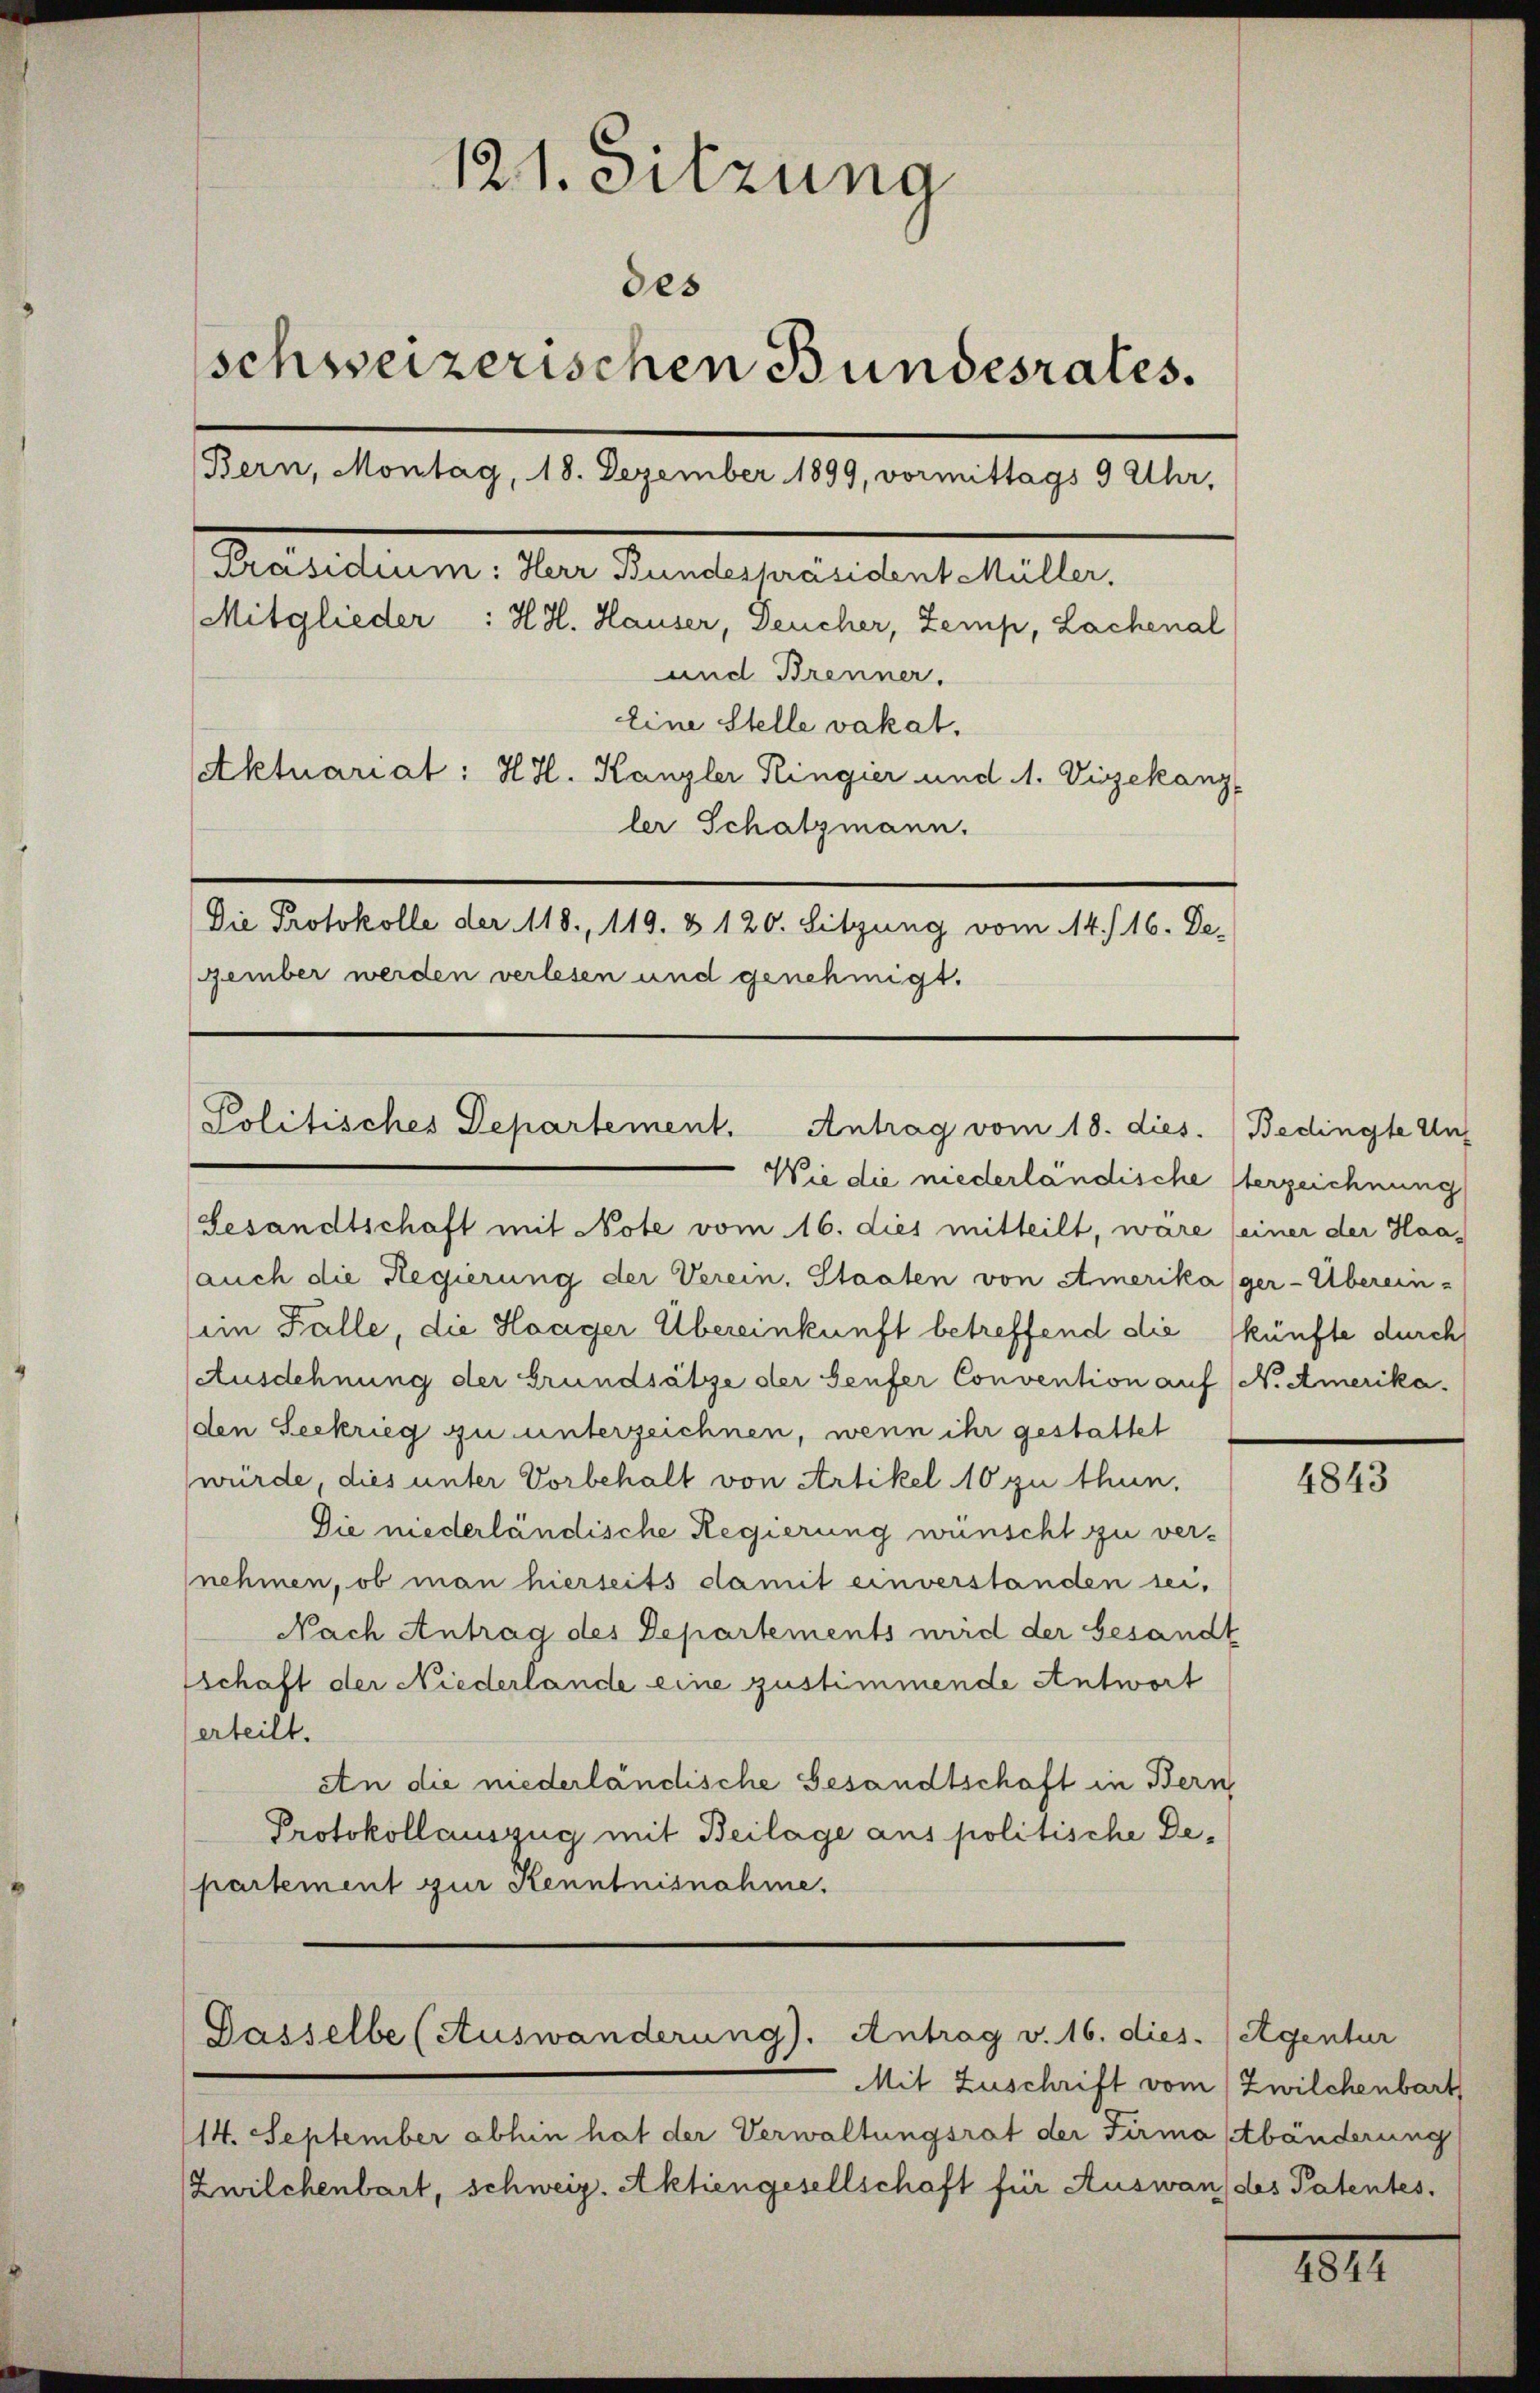
121. Sitzung
des
schweizerischen Bundesrates.
Bern, Montag, 18. Dezember 1899, vormittags 9 Uhr,
[Präsidium: Herr Bundespräsident Müller.
Mitglieder : H. H. Hauser, Deucher, Zemp, Lachenal
und Brenner,
Eine Stelle vakat.
Aktuariat: H. H. Kanzler Ringier und 1. Vizekanz
ler Schatzmann.
Die Protokolle der 118., 119. & 120. Sitzung vom 14. 16. De-
Fember werden verlesen und genehmigt.

Wie die niederländische Verzeichnung
Gesandtschaft mit Note vom 16. dies mitteilt, wäre seiner der Haaauch die Regierung der Verein. Staaten von Amerika (ger-Überein-
eim Falle, die Haager Übereinkunft betreffend die künfte durch
(Ausdehnung der Grundsätze der Seufer Convention auf (N. Amerika¬
(den Seekrieg zu unterzeichnen, wenn ihr gestattet
würde, dies unter Vorbehalt von Artikel 10 zu thun.
Die niederländische Regierung wünscht zu vernehmen, ob man hierseits damit einverstanden sei,
Nach Antrag des Departements wird der besandt
Eschaft der Niederlande eine zustimmende Antwort
erteilt.
An die niederländische Gesandtschaft in Bern
Protokollauszug mit Beilage aus politische Departement zur Kenntnisnahme.

Politisches Departement. Antrag vom 18. dies

Gasselbe (Auswanderung). Antrag v. 16. dies. (Agentur

Mit Zuschrift vom (Zwilchenbart
/14. September abhin hat der Verwaltungsrat der Firma (Abänderung
Zwilchenbart, schweiz. Aktiengesellschaft für Auswandes Patentes.

Bedingte Auf

4843

1817